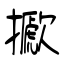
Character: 擨